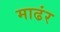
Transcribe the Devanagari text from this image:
माढंर